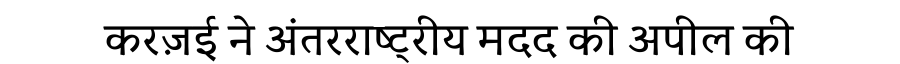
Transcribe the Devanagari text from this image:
करज़ई ने अंतरराष्ट्रीय मदद की अपील की